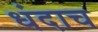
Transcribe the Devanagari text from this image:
धंदाच